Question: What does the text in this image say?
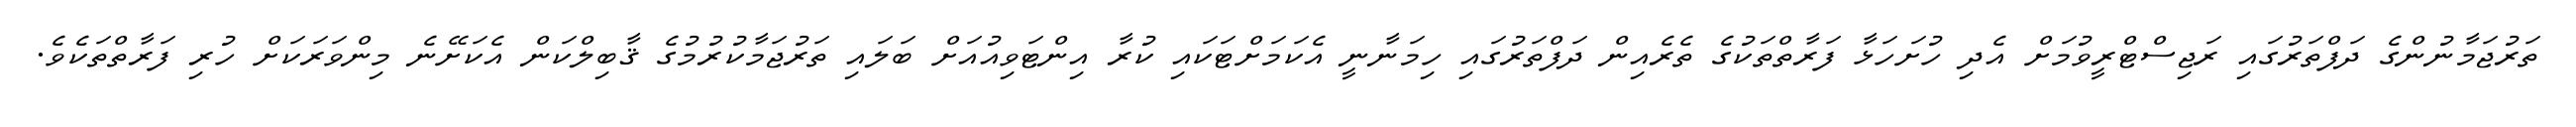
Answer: ތަރުޖަމާނުންގެ ދަފްތަރުގައި ރަޖިސްޓްރީވުމަށް އެދި ހުށަހަޅާ ފަރާތްތަކުގެ ތެރެއިން ދަފްތަރުގައި ހިމަނާނީ އެކަމަށްޓަކައި ކުރާ އިންޓަވިއުއަށް ބަލައި ތަރުޖަމާކުރުމުގެ ޤާބިލްކަން އެކަށޭނެ މިންވަރަކަށް ހުރި ފަރާތްތަކެވެ.